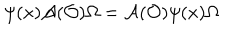
\psi ( x ) \mathcal { A } ( \mathcal { O } ) \Omega = \mathcal { A } ( \mathcal { O } ) \psi ( x ) \Omega